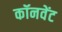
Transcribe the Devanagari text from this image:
कॉनवेंट